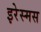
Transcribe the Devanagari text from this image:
इरेस्मस